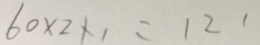
6 0 \times 2 \times 1 = 1 2 1